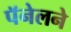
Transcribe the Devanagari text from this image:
पॅनेलने